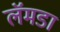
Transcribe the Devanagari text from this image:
लॅमडा